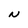
Character: N